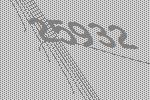
25932